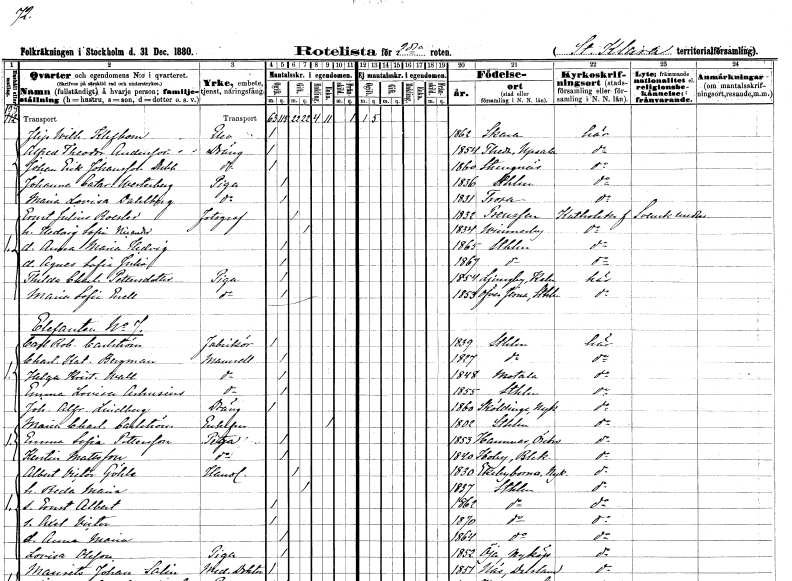
gt_parse: households: individuals: FN: Filip wilhelm
EN: Klefbom
YRKE: Elev
KON: M
CIV: O
FODAR: 1862
FODFORS: Skara Skaraborgs län
FN: Alfred Theodor
EN: Andersson
YRKE: Dräng
KON: M
CIV: O
FODAR: 1854
FODFORS: Teda Uppsala län
FN: Johan Erik
EN: Johansson Dubb
YRKE: Dräng
KON: M
CIV: O
FODAR: 1860
FODFORS: Strängnäs Södermanlands län
FN: Johanna Catarina
EN: Westerberg
YRKE: Piga
KON: K
CIV: O
FODAR: 1836
FODFORS: Stockholm
FN: Maria Lovisa
EN: Dahlberg
YRKE: Piga
KON: K
CIV: O
FODAR: 1831
FODFORS: Trosa Södermanlands län
FN: Ernst Julius
EN: Roesler
YRKE: Fotograf
KON: M
CIV: G
FODAR: 1832
FN: Hedvig Sofia
EN: Nicander
KON: K
CIV: G
FODAR: 1834
FODFORS: Vimmerby Kalmar län
FN: Anna Maria Hedvig
KON: K
CIV: O
FODAR: 1865
FODFORS: Stockholm
FN: Agnes Sofia Julia
KON: K
CIV: O
FODAR: 1867
FODFORS: Stockholm
FN: Thilda Charlotta
EN: Pettersdotter
YRKE: Piga
KON: K
CIV: O
FODAR: 1854
FODFORS: Ljungby Kalmar län
FN: Maria Sofia
EN: Enell
YRKE: Piga
KON: K
CIV: O
FODAR: 1853
FODFORS: Överjärna Stockholms län
FN: Carl Robert
EN: Carlström
YRKE: Fabrikör
KON: M
CIV: O
FODAR: 1839
FODFORS: Stockholm
FN: Charlotta Katarina
EN: Bergman
KON: K
CIV: O
FODAR: 1827
FODFORS: Stockholm
FN: Helga Kristina
EN: Wall
KON: K
CIV: O
FODAR: 1848
FODFORS: Motala Östergötlands län
FN: Emma Lovisa
EN: Arhusius
KON: K
CIV: O
FODAR: 1855
FODFORS: Stockholm
FN: Johannes Alfred
EN: Lindberg
YRKE: Dräng
KON: M
CIV: O
FODAR: 1860
FODFORS: Sköldinge Södermanlands län
FN: Maria Charlotta
EN: Carlström
KON: K
CIV: E
FODAR: 1802
FODFORS: Stockholm
FN: Emma Sofia
EN: Pettersson
YRKE: Piga
KON: K
CIV: O
FODAR: 1853
FODFORS: Hammar Örebro län
FN: Kerstin
EN: Mattsson
YRKE: Piga
KON: K
CIV: O
FODAR: 1840
FODFORS: Bräkne-Hoby Blekinge län
FN: Albert Victor
EN: Göhle
YRKE: Handlande
KON: M
CIV: G
FODAR: 1830
FODFORS: Ekebyborna Östergötlands län
FN: Beda Maria
KON: K
CIV: G
FODAR: 1837
FODFORS: Stockholm
FN: Ernst Albert
KON: M
CIV: O
FODAR: 1862
FODFORS: Stockholm
FN: Axel Victor
KON: M
CIV: O
FODAR: 1870
FODFORS: Stockholm
FN: Anna Maria
KON: K
CIV: O
FODAR: 1864
FODFORS: Stockholm
FN: Lovisa
EN: Olsson
YRKE: Piga
KON: K
CIV: O
FODAR: 1852
FODFORS: Öja Södermanlands län